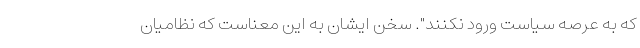
که به عرصه سیاست ورود نکنند". سخن ایشان به این معناست که نظامیان